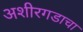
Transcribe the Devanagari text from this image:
अशीरगडाचा